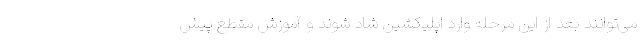
می‌توانند بعد از این مرحله وارد اپلیکشین شاد شوند و آموزش مقطع پیش